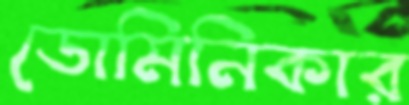
ডোমিনিকার